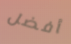
أفضل